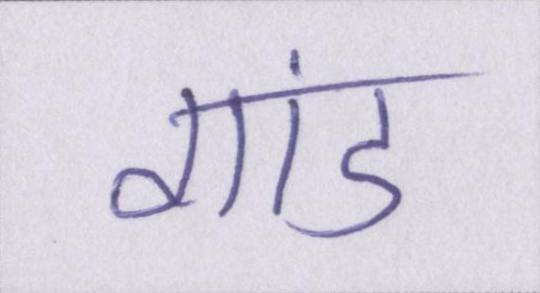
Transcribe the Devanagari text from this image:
गांड